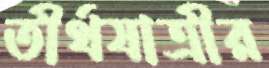
তীর্থযাত্রীর